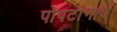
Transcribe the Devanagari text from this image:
पोपटांनाच